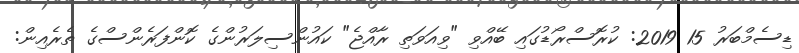
ޑިސެމްބަރު 15 2019: ކުރޮސްރޯޑުގައި ބޭއްވި "ވިއަވަތި ރާއްޖެ" ކައުންސިލަރުންގެ ކޮންފަރެންސްގެ ތެރެއިން: